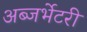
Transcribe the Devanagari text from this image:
अब्जर्भेटरी